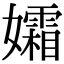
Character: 孀